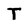
Character: T